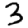
Digit: 3